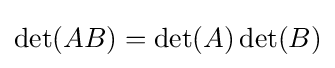
\det(AB)=\det(A)\det(B)